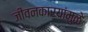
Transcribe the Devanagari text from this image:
जीवनकार्यांमुळे